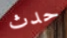
حدث